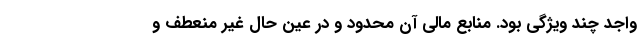
واجد چند ویژگی‌ بود. منابع مالی آن محدود و در عین حال غیر منعطف و